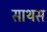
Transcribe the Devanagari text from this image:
साथस